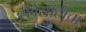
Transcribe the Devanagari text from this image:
सेवेसाठीचा